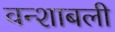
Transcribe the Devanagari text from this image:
वन्शाबली